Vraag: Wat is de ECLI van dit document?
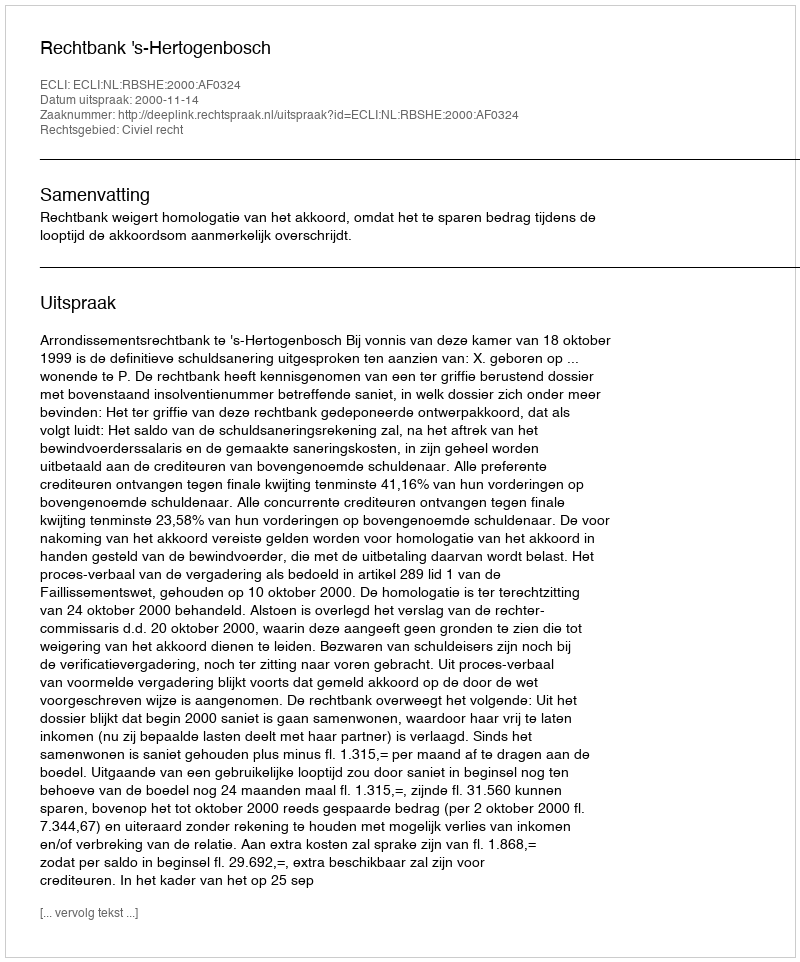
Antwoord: ECLI:NL:RBSHE:2000:AF0324